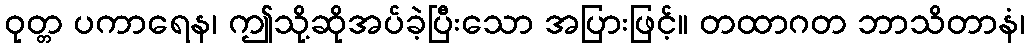
ဝုတ္တ ပကာရေန၊ ဤသို့ဆိုအပ်ခဲ့ပြီးသော အပြားဖြင့်။ တထာဂတ ဘာသိတာနံ၊